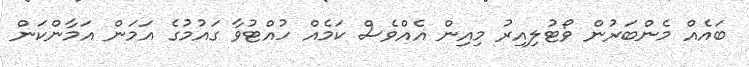
ބައެއް މެންބަރުން ވޯޓުލިއިރު މިއިން އެއްވެސް ކަމެއް ހުއްޓުވާ ގައުމުގެ އަމަން އަމާންކަން